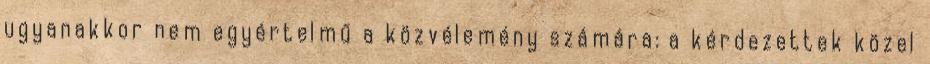
ugyanakkor nem egyértelmű a közvélemény számára: a kérdezettek közel